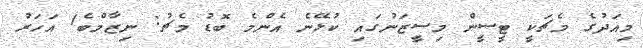
މިއަދުގެ މެޗަކީ ޓީސީން މިސީޒަނުގައި ކުޅޭނެ އެންމެ ބޮޑު މެޗު: ނިޒާމްބެ1 އަހަރު